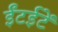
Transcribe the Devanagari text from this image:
ईंटईटें